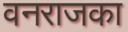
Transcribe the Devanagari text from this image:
वनराजका